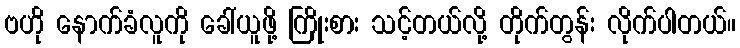
ဗဟို နောက်ခံလူကို ခေါ်ယူဖို့ ကြိုးစား သင့်တယ်လို့ တိုက်တွန်း လိုက်ပါတယ်။